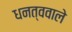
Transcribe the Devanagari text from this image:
धनत्ववाले